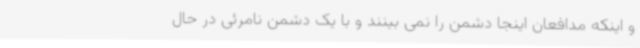
و اینکه مدافعان اینجا دشمن را نمی بینند و با یک دشمن نامرئی در حال